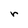
Character: r